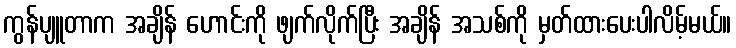
ကွန်ပျူတာက အချိန် ဟောင်းကို ဖျက်လိုက်ပြီး အချိန် အသစ်ကို မှတ်ထားပေးပါလိမ့်မယ်။